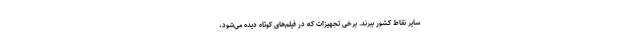
سایر نقاط کشور ببرند. برخی تجهیزات که در فیلم‌های کوتاه دیده می‌شود،